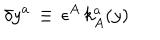
\delta y ^ { a } \, \equiv \, \epsilon ^ { A } \, k _ { A } ^ { a } ( y )